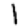
Digit: 1